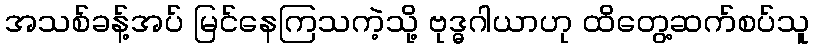
အသစ်ခန့်အပ် မြင်နေကြသကဲ့သို့ ဗုဒ္ဓဂါယာဟု ထိတွေ့ဆက်စပ်သူ